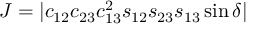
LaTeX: J = | c _ { 1 2 } c _ { 2 3 } c _ { 1 3 } ^ { 2 } s _ { 1 2 } s _ { 2 3 } s _ { 1 3 } \sin \delta |